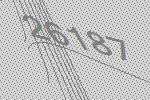
26187